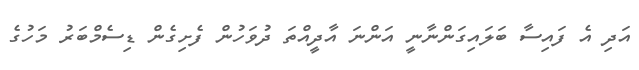
އަދި އެ ފައިސާ ބަލައިގަންނާނީ އަންނަ އާދީއްތަ ދުވަހުން ފެށިގެން ޑިސެމްބަރު މަހުގެ